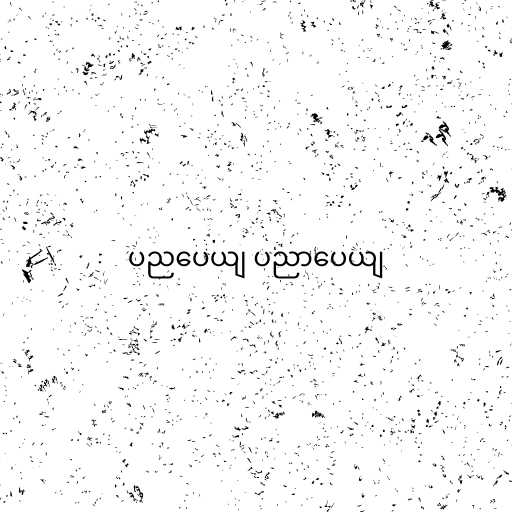
ပညပေယျ ပညာပေယျ